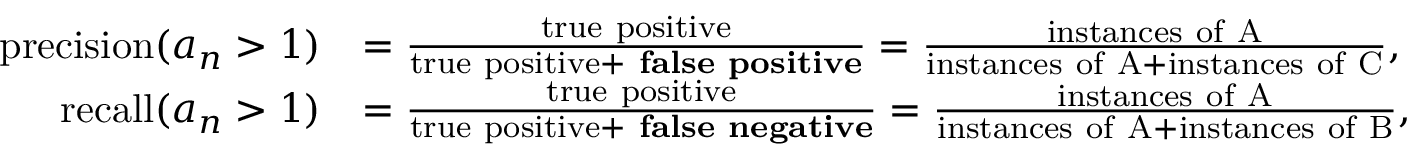
\begin{array} { r l } { \mathrm { p r e c i s i o n } ( a _ { n } > 1 ) } & { = \frac { \mathrm { t r u e ~ p o s i t i v e } } { \mathrm { t r u e ~ p o s i t i v e } + \mathrm { \bf ~ f a l s e ~ p o s i t i v e } } = \frac { \mathrm { i n s t a n c e s ~ o f ~ A } } { \mathrm { i n s t a n c e s ~ o f ~ A } + \mathrm { i n s t a n c e s ~ o f ~ C } } , } \\ { \mathrm { r e c a l l } ( a _ { n } > 1 ) } & { = \frac { \mathrm { t r u e ~ p o s i t i v e } } { \mathrm { t r u e ~ p o s i t i v e } + \mathrm { \bf ~ f a l s e ~ n e g a t i v e } } = \frac { \mathrm { i n s t a n c e s ~ o f ~ A } } { \mathrm { i n s t a n c e s ~ o f ~ A } + \mathrm { i n s t a n c e s ~ o f ~ B } } , } \end{array}